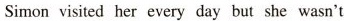
Simonvisited her every day but she wasn't